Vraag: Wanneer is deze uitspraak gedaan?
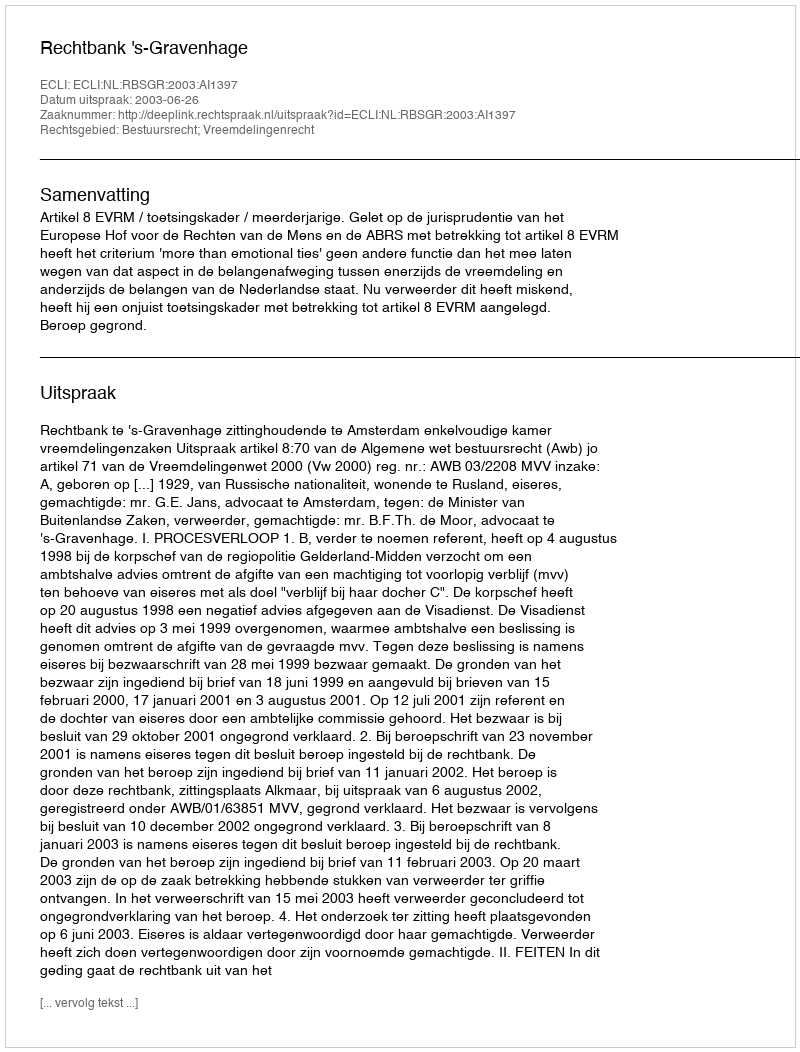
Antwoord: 2003-06-26